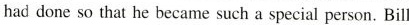
had done so that he became such a special person. Bill